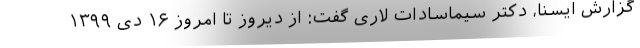
گزارش ایسنا، دکتر سیماسادات لاری گفت: از دیروز تا امروز ۱۶ دی ۱۳۹۹